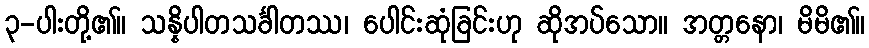
၃-ပါးတို့၏။ သန္နိပါတသင်္ခါတဿ၊ ပေါင်းဆုံခြင်းဟု ဆိုအပ်သော။ အတ္တနော၊ မိမိ၏။